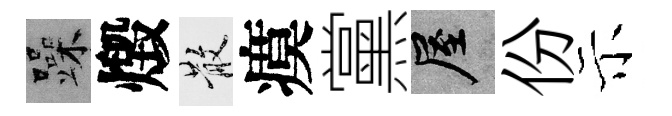
躁燬散瘼黨屋份示